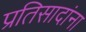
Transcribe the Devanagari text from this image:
प्रतिसादांना